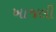
ખાજલી